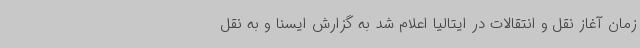
زمان آغاز نقل و انتقالات در ایتالیا اعلام شد به گزارش ایسنا و به نقل